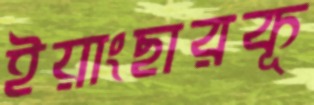
ইয়াংছারকূ